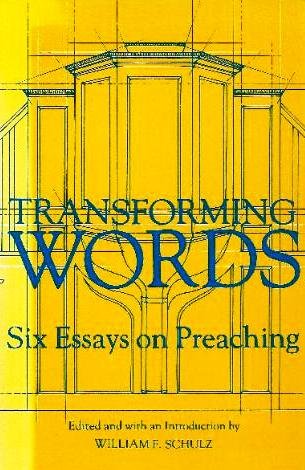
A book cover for Transforming Words: Six Essays on Preaching; Religion & Spirituality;